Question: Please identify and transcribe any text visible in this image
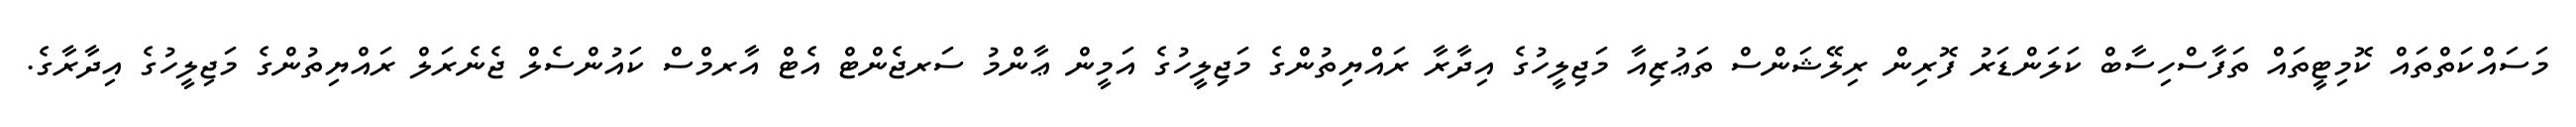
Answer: މަސައްކަތްތައް ކޮމިޓީތައް ތަފާސްހިސާބް ކަލަންޑަރު ފޮރިން ރިލޭޝަންސް ތަޢުޒިއާ މަޖިލީހުގެ އިދާރާ ރައްޔިތުންގެ މަޖިލީހުގެ އަމީން ޢާންމު ސަރޖެންޓް އެޓް އާރމްސް ކައުންސެލް ޖެނެރަލް ރައްޔިތުންގެ މަޖިލީހުގެ އިދާރާގެ.